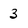
Character: 3